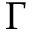
\Gamma